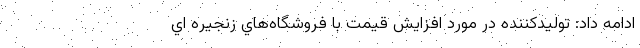
ادامه داد: توليدكننده در مورد افزايش قيمت با فروشگاه‌هاي زنجيره اي